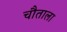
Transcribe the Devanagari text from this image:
चौताला